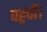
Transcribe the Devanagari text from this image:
पहुचीँ।